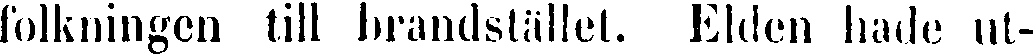
folkningen till brandstället. Elden hade ut-